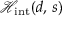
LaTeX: { \mathcal { H } } _ { \mathrm { i n t } } ( d , \, s )